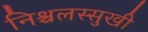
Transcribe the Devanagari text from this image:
निश्चलस्सुखी